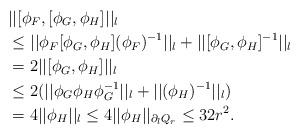
LaTeX: \begin{align*}&||[\phi_F,[\phi_G,\phi_{H }]||_l\\& \leq ||\phi_F[\phi_G,\phi_{H }](\phi_F)^{-1}||_l+||[\phi_G,\phi_{H }]^{-1}||_l\\&=2||[\phi_G,\phi_{H }]||_l\\ & \leq 2(||\phi_G\phi_{H }\phi_G^{-1}||_l+||(\phi_{H })^{-1}||_l)\\ &=4||\phi_{H }||_l\leq4||\phi_H||_{\partial_lQ_r}\leq 32r^2.\end{align*}